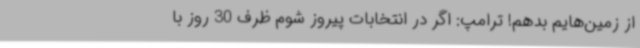
از زمین‌هایم بدهم! ترامپ: اگر در انتخابات پیروز شوم ظرف 30 روز با